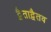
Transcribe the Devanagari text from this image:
द्वैताद्वैतव